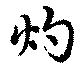
灼